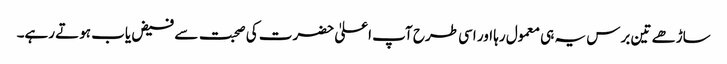
ساڑھے تین برس یہ ہی معمول رہا اور اسی طرح آپ اعلیٰ حضرت کی صحبت سے فیض یاب ہوتے رہے۔